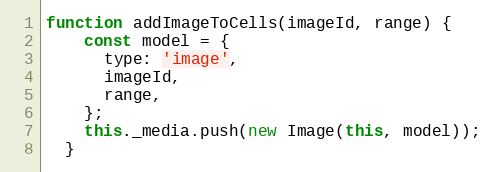
Language: JavaScript
function addImageToCells(imageId, range) {
    const model = {
      type: 'image',
      imageId,
      range,
    };
    this._media.push(new Image(this, model));
  }